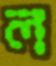
ল